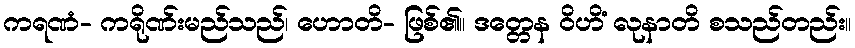
ကရဏံ- ကရိုဏ်းမည်သည်၊ ဟောတိ- ဖြစ်၏။ ဒတ္တေန ဝိဟိံ လုနာတိ စသည်တည်း။